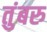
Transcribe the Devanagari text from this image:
तुंबरु